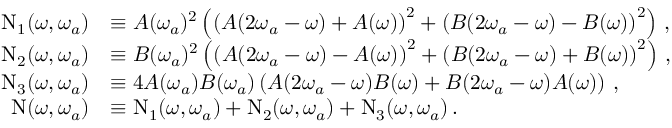
\begin{array} { r l } { \mathrm { N } _ { 1 } ( \omega , \omega _ { a } ) } & { \equiv A ( \omega _ { a } ) ^ { 2 } \left( \left( A ( 2 \omega _ { a } - \omega ) + A ( \omega ) \right) ^ { 2 } + \left( B ( 2 \omega _ { a } - \omega ) - B ( \omega ) \right) ^ { 2 } \right) \, , } \\ { \mathrm { N } _ { 2 } ( \omega , \omega _ { a } ) } & { \equiv B ( \omega _ { a } ) ^ { 2 } \left( \left( A ( 2 \omega _ { a } - \omega ) - A ( \omega ) \right) ^ { 2 } + \left( B ( 2 \omega _ { a } - \omega ) + B ( \omega ) \right) ^ { 2 } \right) \, , } \\ { \mathrm { N } _ { 3 } ( \omega , \omega _ { a } ) } & { \equiv 4 A ( \omega _ { a } ) B ( \omega _ { a } ) \left( A ( 2 \omega _ { a } - \omega ) B ( \omega ) + B ( 2 \omega _ { a } - \omega ) A ( \omega ) \right) \, , } \\ { \mathrm { N } ( \omega , \omega _ { a } ) } & { \equiv \mathrm { N } _ { 1 } ( \omega , \omega _ { a } ) + \mathrm { N } _ { 2 } ( \omega , \omega _ { a } ) + \mathrm { N } _ { 3 } ( \omega , \omega _ { a } ) \, . } \end{array}